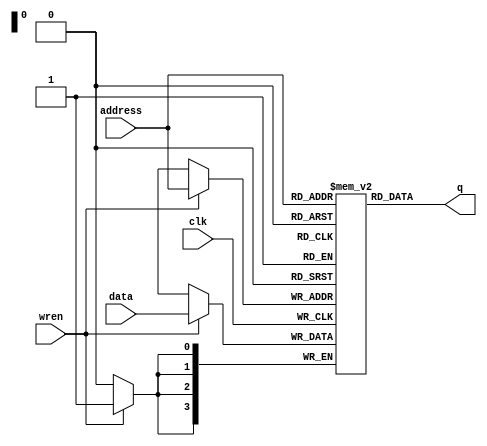
module RAM(
		input clk,            // Clock input
		input wren,           // Write enable signal
		input [3:0] address,  // 4-bit address input
		input [3:0] data,     // 4-bit data input for write
		output [3:0] q        // 4-bit data output for read
	);

	reg [3:0] memory [15:0];  // 16 locations of 4-bit data

	always @(posedge clk) begin
		if (wren)
			memory[address] <= data;
	end

	assign q = memory[address]; 

endmodule